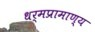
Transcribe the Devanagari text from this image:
धर्मप्रामाण्य